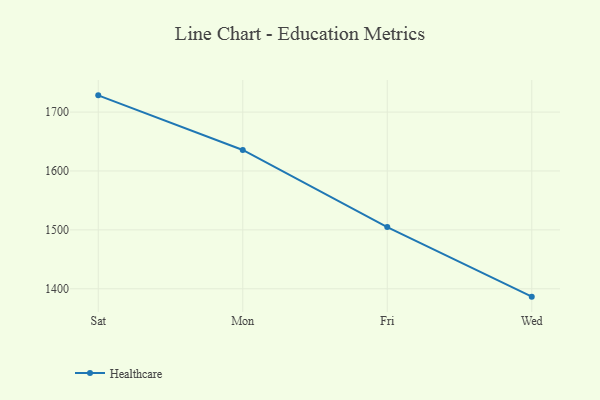
{"axis": {"x": "Day", "y": "Revenue (USD Million)"}, "legend": ["Healthcare"], "data": [{"x": "Sat", "y": 1728.4, "type": "Healthcare"}, {"x": "Mon", "y": 1635.7, "type": "Healthcare"}, {"x": "Fri", "y": 1504.8, "type": "Healthcare"}, {"x": "Wed", "y": 1386.6, "type": "Healthcare"}]}